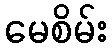
မေစိမ်း